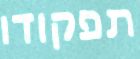
תפקודו